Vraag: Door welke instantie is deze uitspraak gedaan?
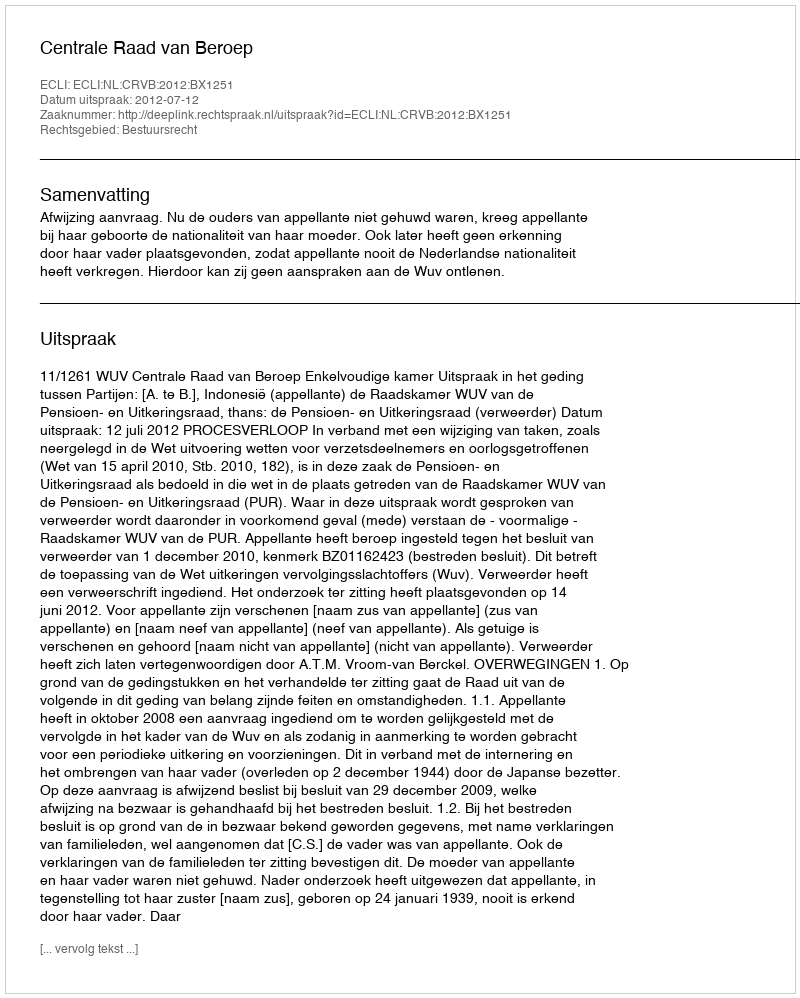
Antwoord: Centrale Raad van Beroep